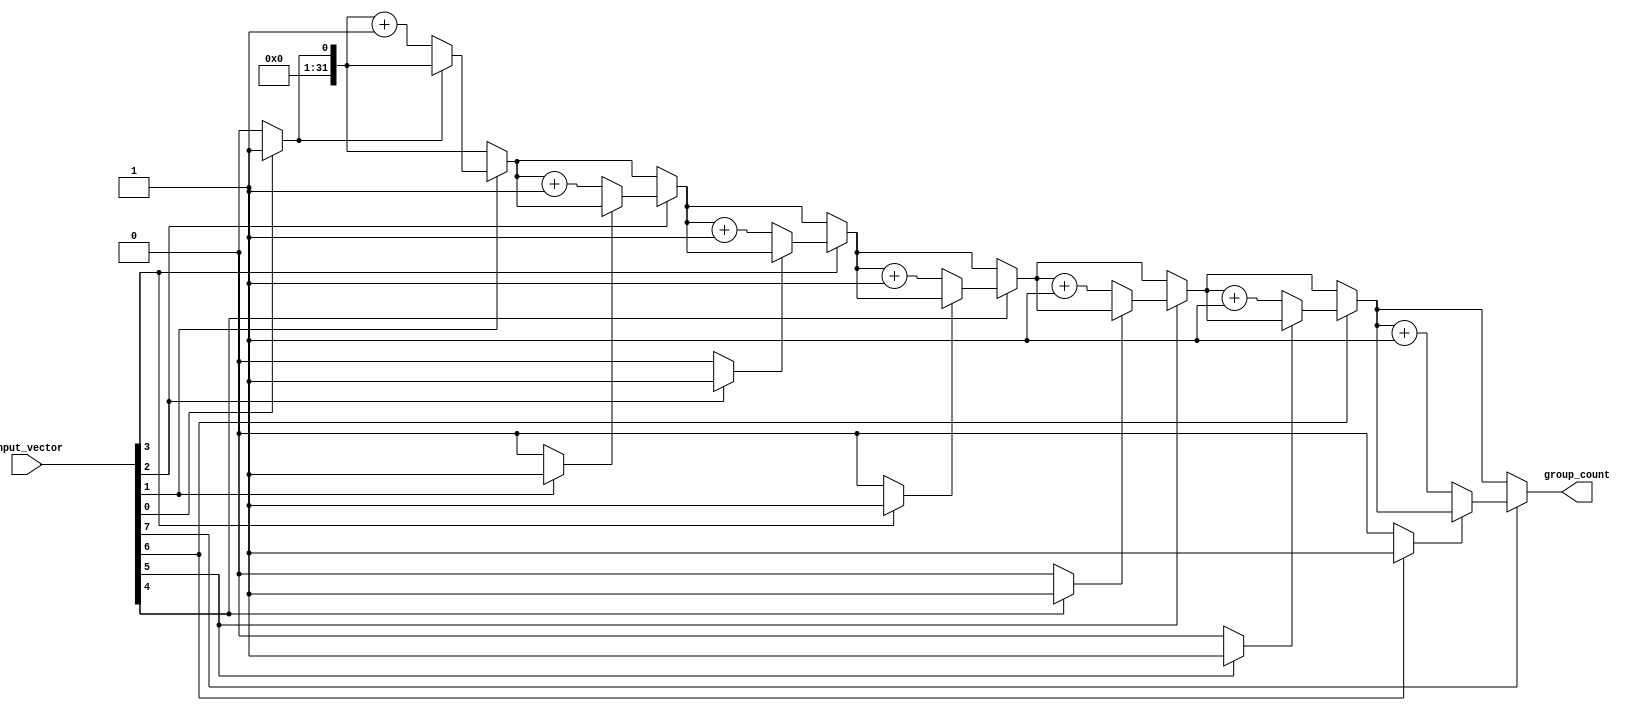
module GroupingOfOnes #(
    parameter N = 8  // Size of the input vector
) (
    input  wire [N-1:0] input_vector,  // Input binary vector
    output reg  [31:0] group_count      // Output group count
);

    integer i;            // Loop variable
    reg in_group;        // Flag to indicate if we are in a group of '1's

    always @* begin
        // Initialize the group count and the in_group flag
        group_count = 0;
        in_group = 0;

        // Iterate through the input vector from LSB to MSB
        for (i = 0; i < N; i = i + 1) begin
            if (input_vector[i] == 1'b1) begin
                if (in_group == 0) begin
                    // Found the start of a new group
                    group_count = group_count + 1;
                    in_group = 1;  // Set the in_group flag
                end
            end else begin
                // Current bit is '0', so we are no longer in a group
                in_group = 0;
            end
        end
    end
endmodule